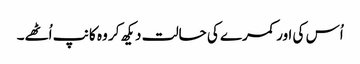
اُس کی اور کمرے کی حالت دیکھ کر وہ کانپ اُٹھے۔